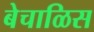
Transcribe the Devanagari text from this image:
बेचाळिस